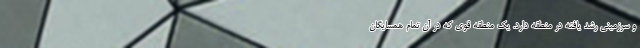
و سرزمینی رشد یافته در منطقه دارد. یک منطقه قوی که در آن تمام همسایگان